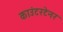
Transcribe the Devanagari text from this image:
काउंटरटेनर